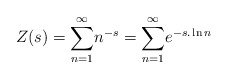
\begin{align*}Z(s)=\underset{n=1}{\overset{\infty }{\sum }}n^{-s}=\underset{n=1}{\overset{\infty }{\sum }}e^{-s.\ln n} \end{align*}